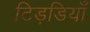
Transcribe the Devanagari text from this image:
टिड़डियाँ